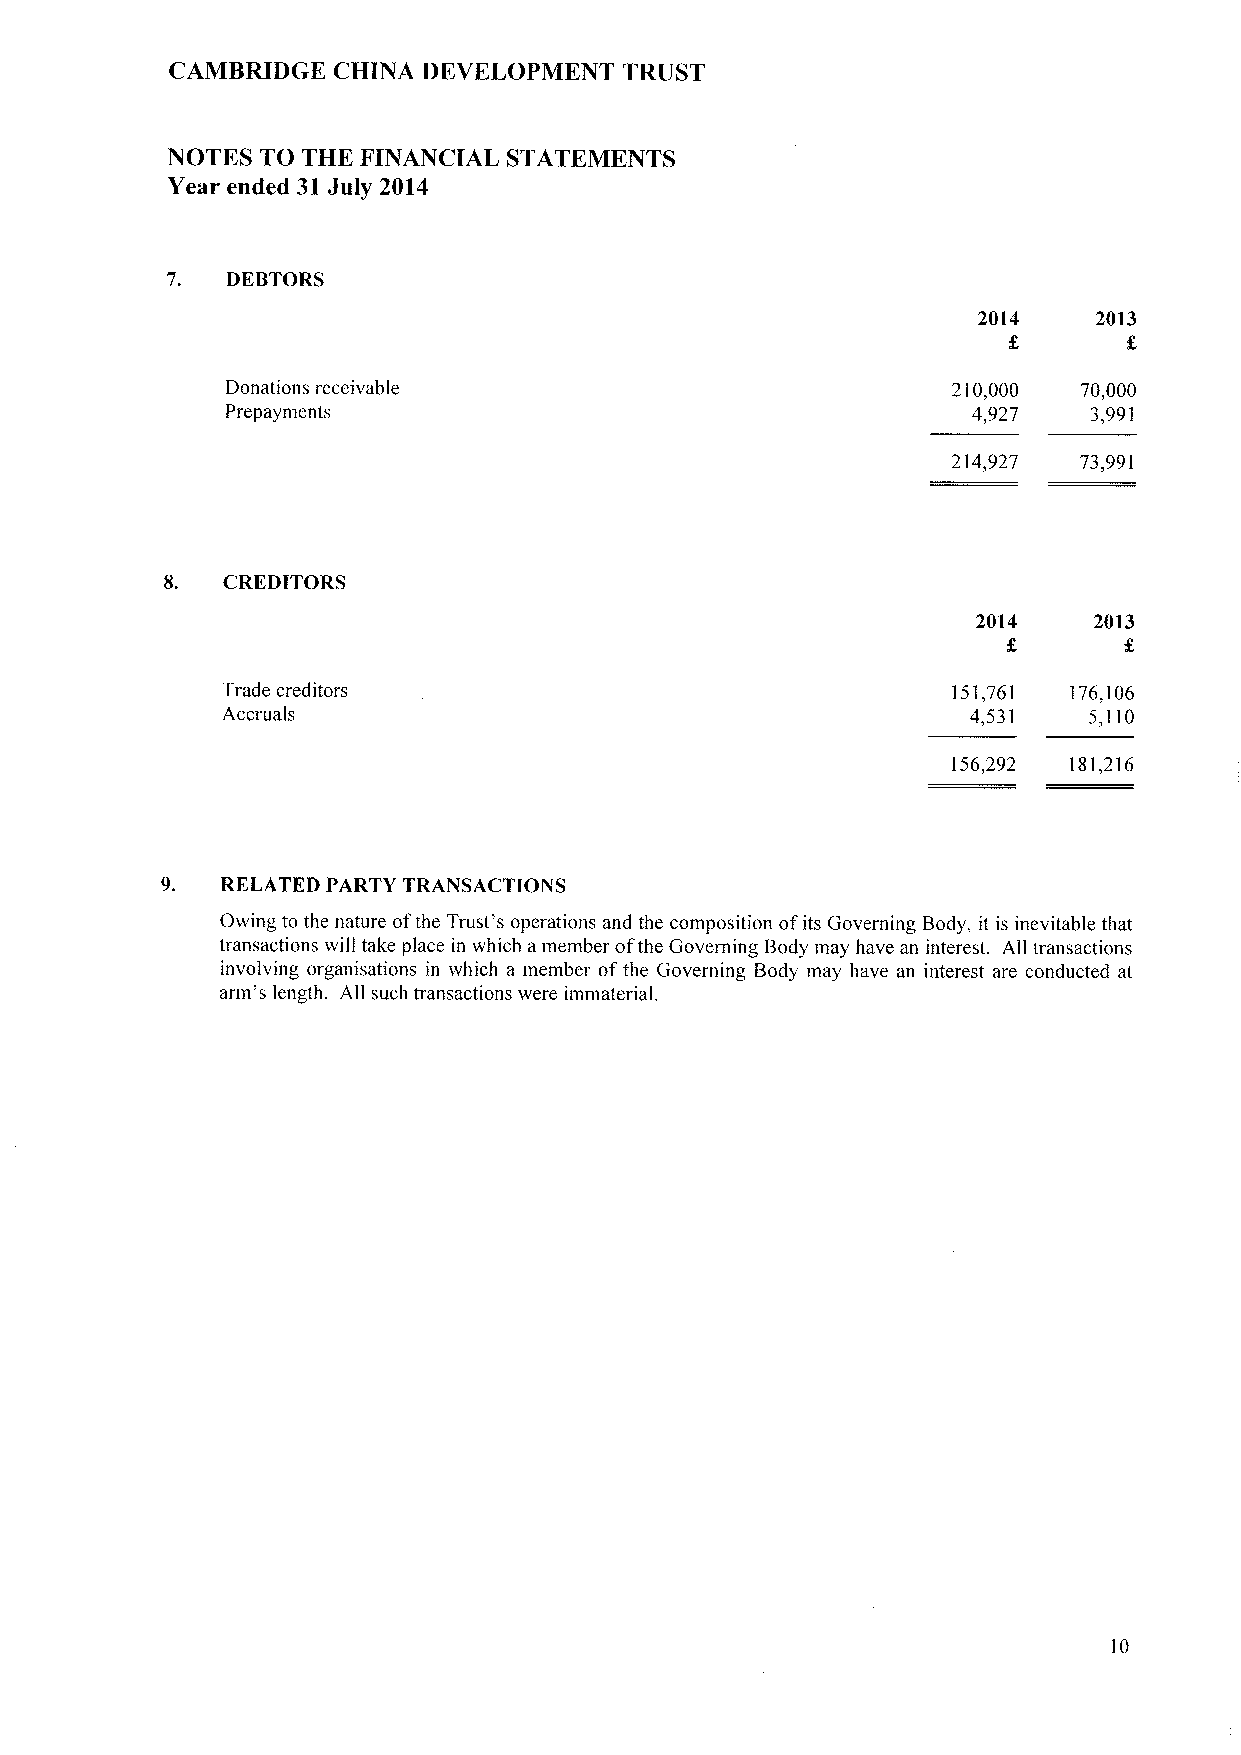
CAMBRIDGE  CHINA DEVELOPMENT  TRUST
 NOTES TO THE FINANCIAL STATEMENTS
 Year ended 31 July 2014
 7.  DEBTORS
 2014   2013
 Donations receivable                            210,000  70,000
 Prepayments                                      4,927   3,991
 214,927 73,991
 8.  CREDITORS
 2014   2013
 Trade creditors                                 151,761 176,106
 Accruals                                         4,531   5,110
 156,292 181,216
 9.  RELATED PARTY TRANSACTIONS
 Owing to the nature ofthe Trust's operations and the composition ofits Governing Body, it is inevitable that
 transactions will take place in which a member ofthe Governing Body may have an interest. All transactions
 involving organisations in which a member ofthe Governing Body may have an interest are conducted at
 arm's length. All such transactions were immaterial.
 10